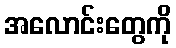
အလောင်းတွေကို